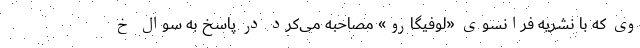
وی که با نشریه فرانسوی «لوفیگارو» مصاحبه می‌کرد در پاسخ به سوال خ